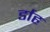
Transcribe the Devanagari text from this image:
र्डाह